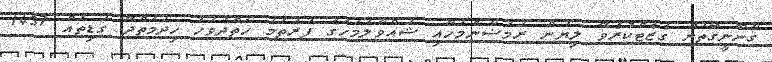
ޤާނޫނީގޮތުން ގެޒެޓްކުރެވޭ ލިޔުން ރަމަޟާންމަހާއި ޝައްވާލުމަހުގެ ފުރަތަމަ ހަތްދުވަހު ޚިދުމަތްދޭ ގަޑިތައް 1437